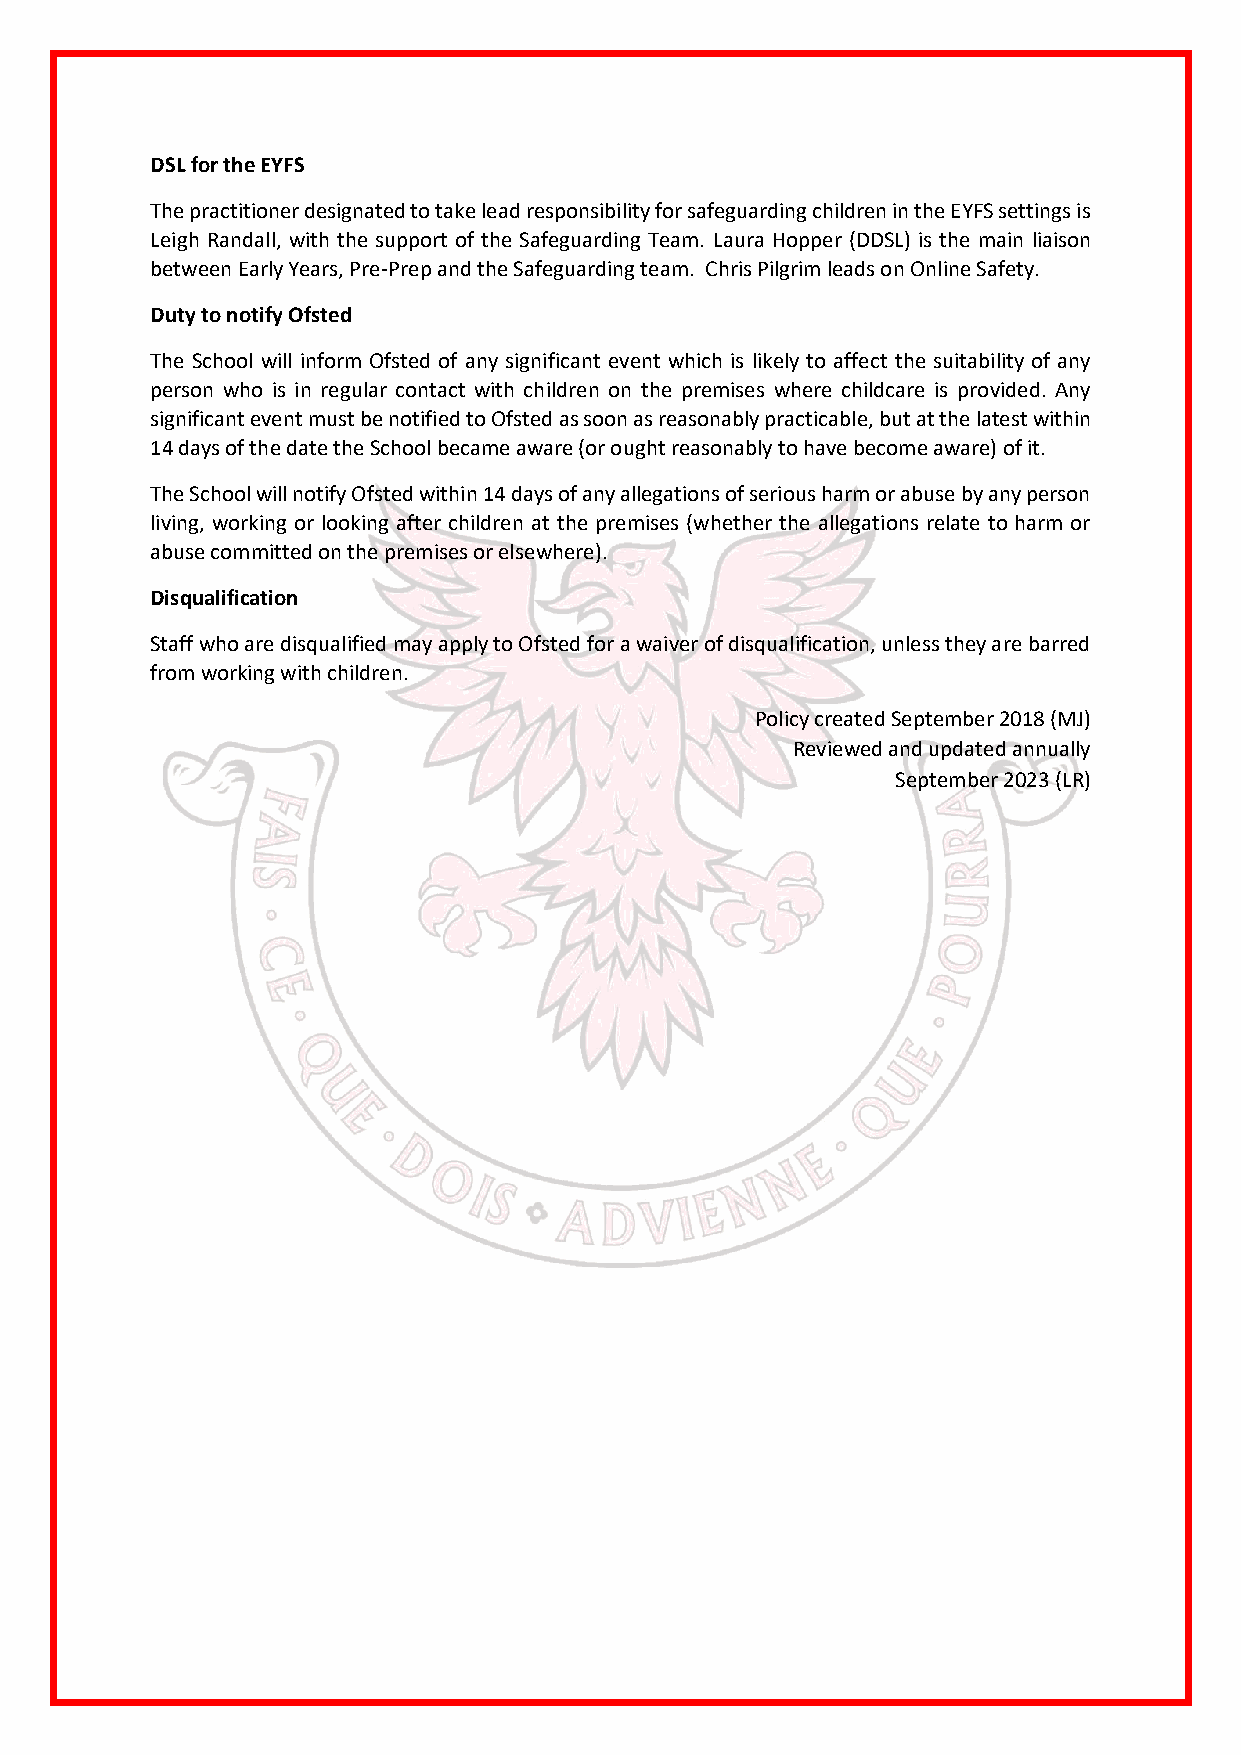
DSL for the EYFS
 The practitioner designated to take lead responsibility for safeguarding children in the EYFS settings is
 Leigh Randall, with the support of the Safeguarding Team. Laura Hopper (DDSL) is the main liaison
 between Early Years, Pre-Prep and the Safeguarding team. Chris Pilgrim leads on Online Safety.
 Duty to notify Ofsted
 The School will inform Ofsted of any significant event which is likely to affect the suitability of any
 person who is in regular contact with children on the premises where childcare is provided. Any
 significant event must be notified to Ofsted as soon as reasonably practicable, but at the latest within
 14 days of the date the School became aware (or ought reasonably to have become aware) of it.
 The School will notify Ofsted within 14 days of any allegations of serious harm or abuse by any person
 living, working or looking after children at the premises (whether the allegations relate to harm or
 abuse committed on the premises or elsewhere).
 Disqualification
 Staff who are disqualified may apply to Ofsted for a waiver of disqualification, unless they are barred
 from working with children.
 Policy created September 2018 (MJ)
 Reviewed and updated annually
 September 2023 (LR)